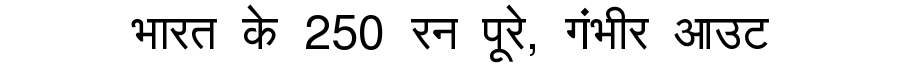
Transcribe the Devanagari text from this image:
भारत के 250 रन पूरे, गंभीर आउट